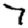
Digit: 7